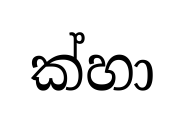
ක්හා